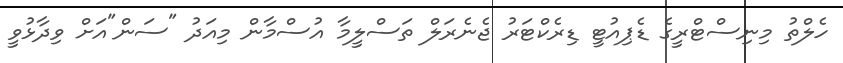
ހެލްތު މިނިސްޓްރީގެ ޑެޕިއުޓީ ޑިރެކްޓަރު ޖެނެރަލް ތަސްލީމާ އުސްމާން މިއަދު "ސަން"އަށް ވިދާޅުވީ